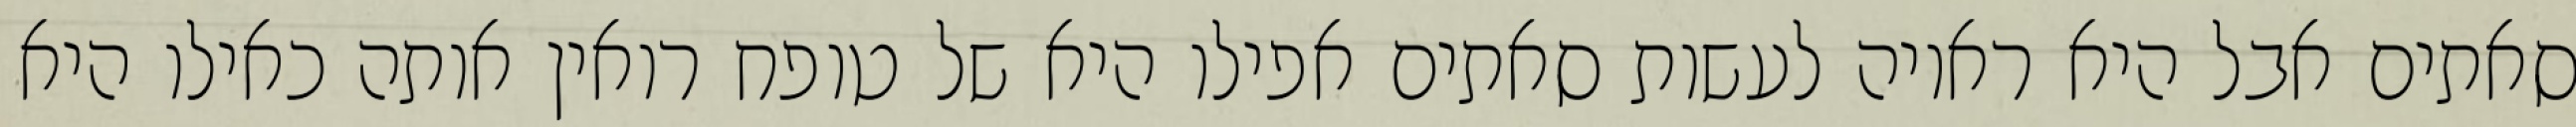
סאתים אבל היא ראויה לעשות סאתים אפילו היא של טופח רואין אותה כאילו היא